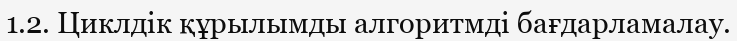
1.2. Циклдік құрылымды алгоритмді бағдарламалау.